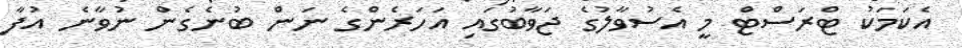
އެކަމަކު ޓްރަސްޓް މީ އެސުވާލުގެ ޖަވާބުގައި އަހަރެންގެ ނަން ބުނެގެން ނުވާނެ އުފާ